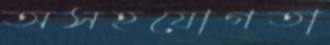
অসহযোগতা